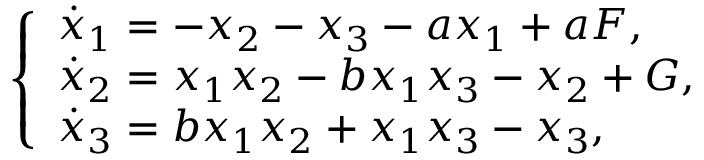
\left\{ \begin{array} { l l } { \dot { x } _ { 1 } = - x _ { 2 } - x _ { 3 } - a x _ { 1 } + a F , } \\ { \dot { x } _ { 2 } = x _ { 1 } x _ { 2 } - b x _ { 1 } x _ { 3 } - x _ { 2 } + G , } \\ { \dot { x } _ { 3 } = b x _ { 1 } x _ { 2 } + x _ { 1 } x _ { 3 } - x _ { 3 } , } \end{array} \right.